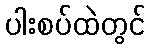
ပါးစပ်ထဲတွင်